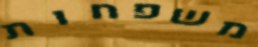
משפחות